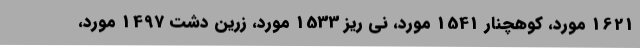
1621 مورد، کوهچنار 1541 مورد، نی ریز 1533 مورد، زرین دشت 1497 مورد،